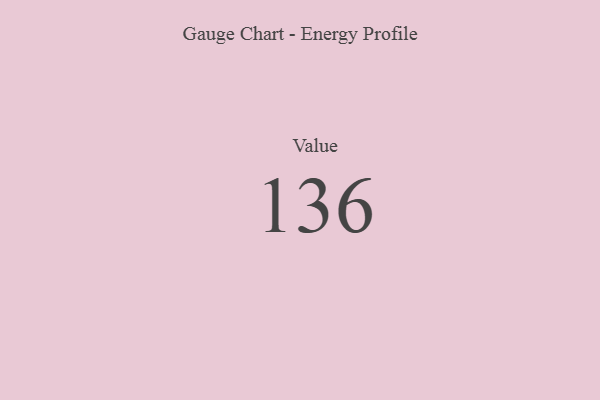
{"axis": {"x": "Metric", "y": "Value"}, "legend": [""], "data": [{"x": "Value", "y": 136, "type": ""}]}